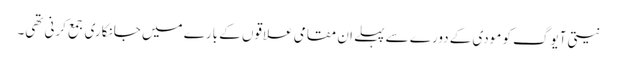
نیتی آیوگ کو مودی کے دورے سے پہلے ان مقامی علاقوں کے بارے میں جانکاری جمع کرنی تھی۔